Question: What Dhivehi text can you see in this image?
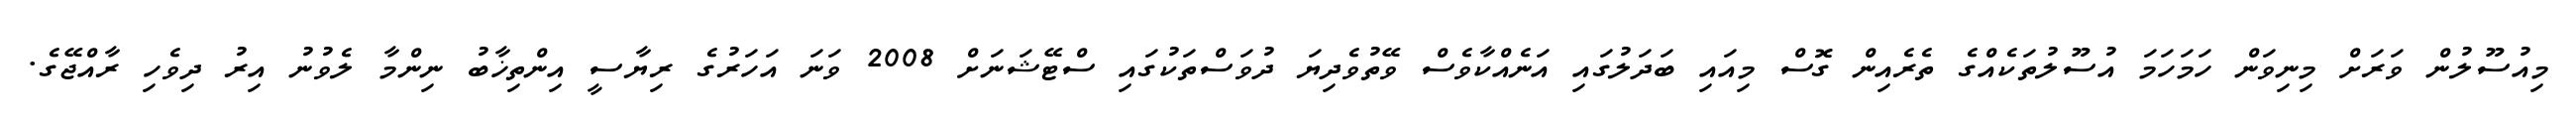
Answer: މިއުސޫލުން ވަރަށް މިނިވަން ހަމަހަމަ އުސޫލުތަކެއްގެ ތެރެއިން ގޮސް މިއައި ބަދަލުގައި އަނެއްކާވެސް ވޭތުވެދިޔަ ދުވަސްތަކުގައި ސްޓޭޝަނަށް 2008 ވަނަ އަހަރުގެ ރިޔާސީ އިންތިޚާބު ނިންމާ ލެވުނު އިރު ދިވެހި ރާއްޖޭގެ.